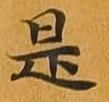
是